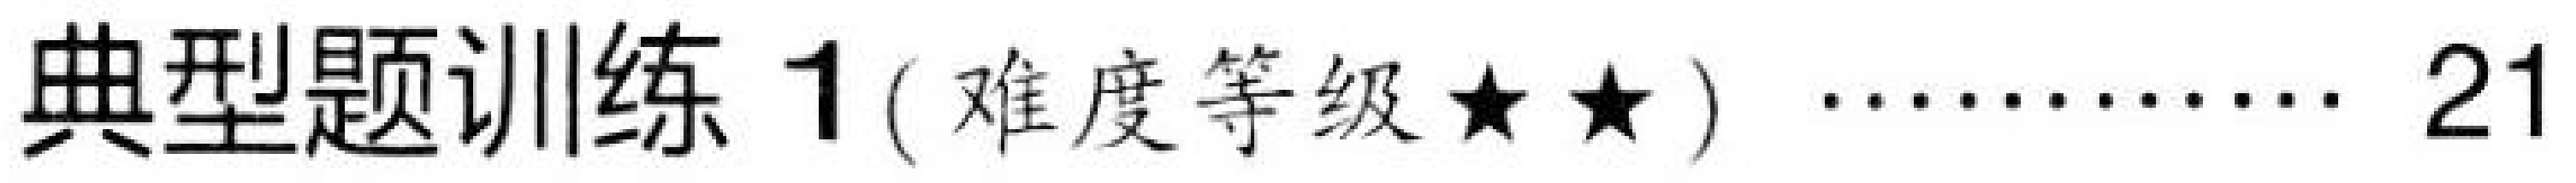
典型题训练 1( 难度等级$\star\star$) $\cdots\cdots$ 21